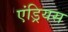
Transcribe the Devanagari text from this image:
एंड्रियस